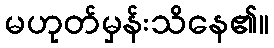
မဟုတ်မှန်းသိနေ၏။